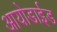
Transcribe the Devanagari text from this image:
आयोडाईड